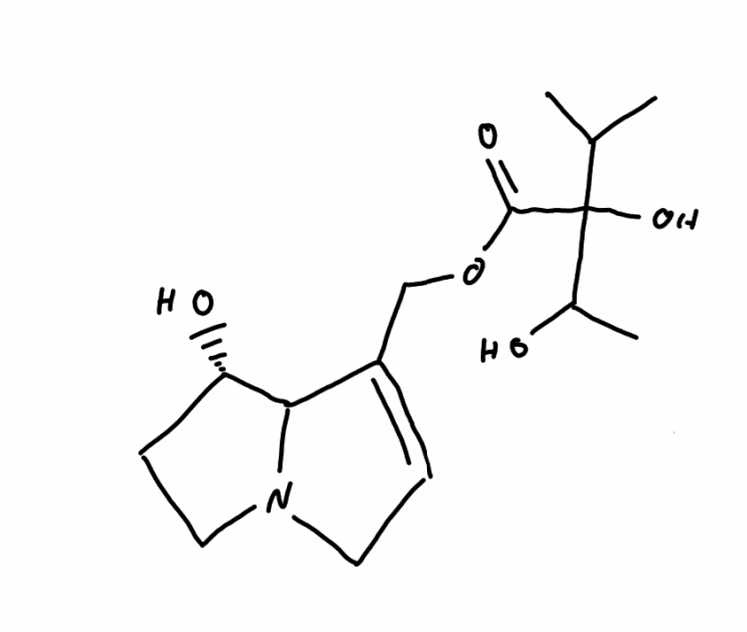
Simplified molecular-input line-entry system (SMILES) notation of the given molecule:
CC(C)C(C(C)O)(C(=O)OCC1=CCN2C1[C@H](CC2)O)O